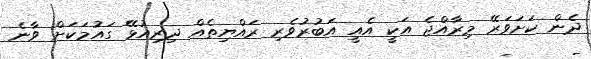
ދެން ކަށަވަރޭ މިރާއްޖެ އަަކީ އެއީ އަބުރުވެރި ރައްޔިތެއް ދިރިއުޅޭ ގައުމަކަށް ވާނެ